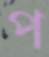
প